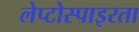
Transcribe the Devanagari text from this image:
लेप्टोस्पाइरता